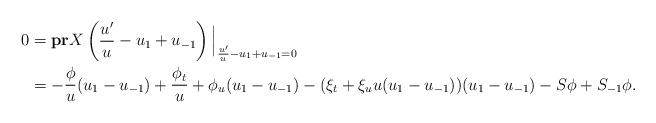
LaTeX: \begin{align*}\begin{aligned}0&=\bold{pr}X\left(\frac{u'}{u}-u_1+u_{-1}\right)\Big|_{\frac{u'}{u}-u_1+u_{-1}=0}\\&=-\frac{\phi}{u}(u_1-u_{-1})+\frac{\phi_t}{u}+\phi_u(u_1-u_{-1})-(\xi_t+\xi_uu(u_1-u_{-1}))(u_1-u_{-1})-S\phi+S_{-1}\phi.\end{aligned}\end{align*}